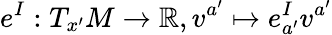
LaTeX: e^{I}:T_{x^{\prime}}M\rightarrow\mathbb{R},v^{a^{\prime}}\mapsto e_{a^{\prime}}^{I}v^{a^{\prime}}